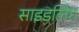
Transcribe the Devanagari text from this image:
साइडलिंग